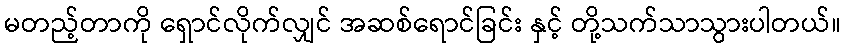
မတည့်တာကို ရှောင်လိုက်လျှင် အဆစ်ရောင်ခြင်း နှင့် တို့သက်သာသွားပါတယ်။